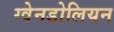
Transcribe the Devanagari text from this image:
ग्वेनडोलियन